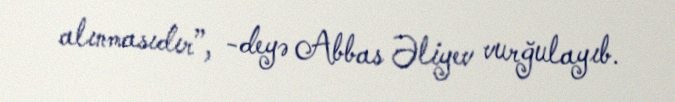
alınmasıdır”, -deyə Abbas Əliyev vurğulayıb.